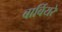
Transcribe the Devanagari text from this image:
बार्बियरे